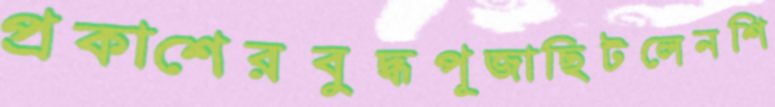
প্রকাশেরবুদ্ধপূজাছিটলেনশি